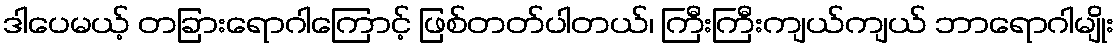
ဒါပေမယ့် တခြားရောဂါကြောင့် ဖြစ်တတ်ပါတယ်၊ ကြီးကြီးကျယ်ကျယ် ဘာရောဂါမျိုး